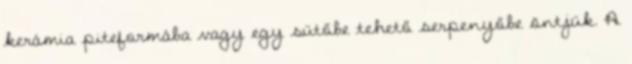
kerámia piteformába vagy egy sütőbe tehető serpenyőbe öntjük. A